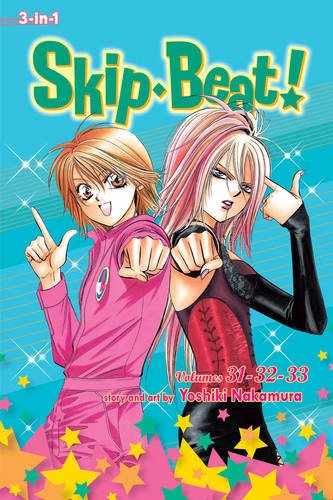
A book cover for Skip Beat! (3-in-1 Edition), Vol. 11: Includes volumes 31, 32 & 33; Yoshiki Nakamura; Comics & Graphic Novels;